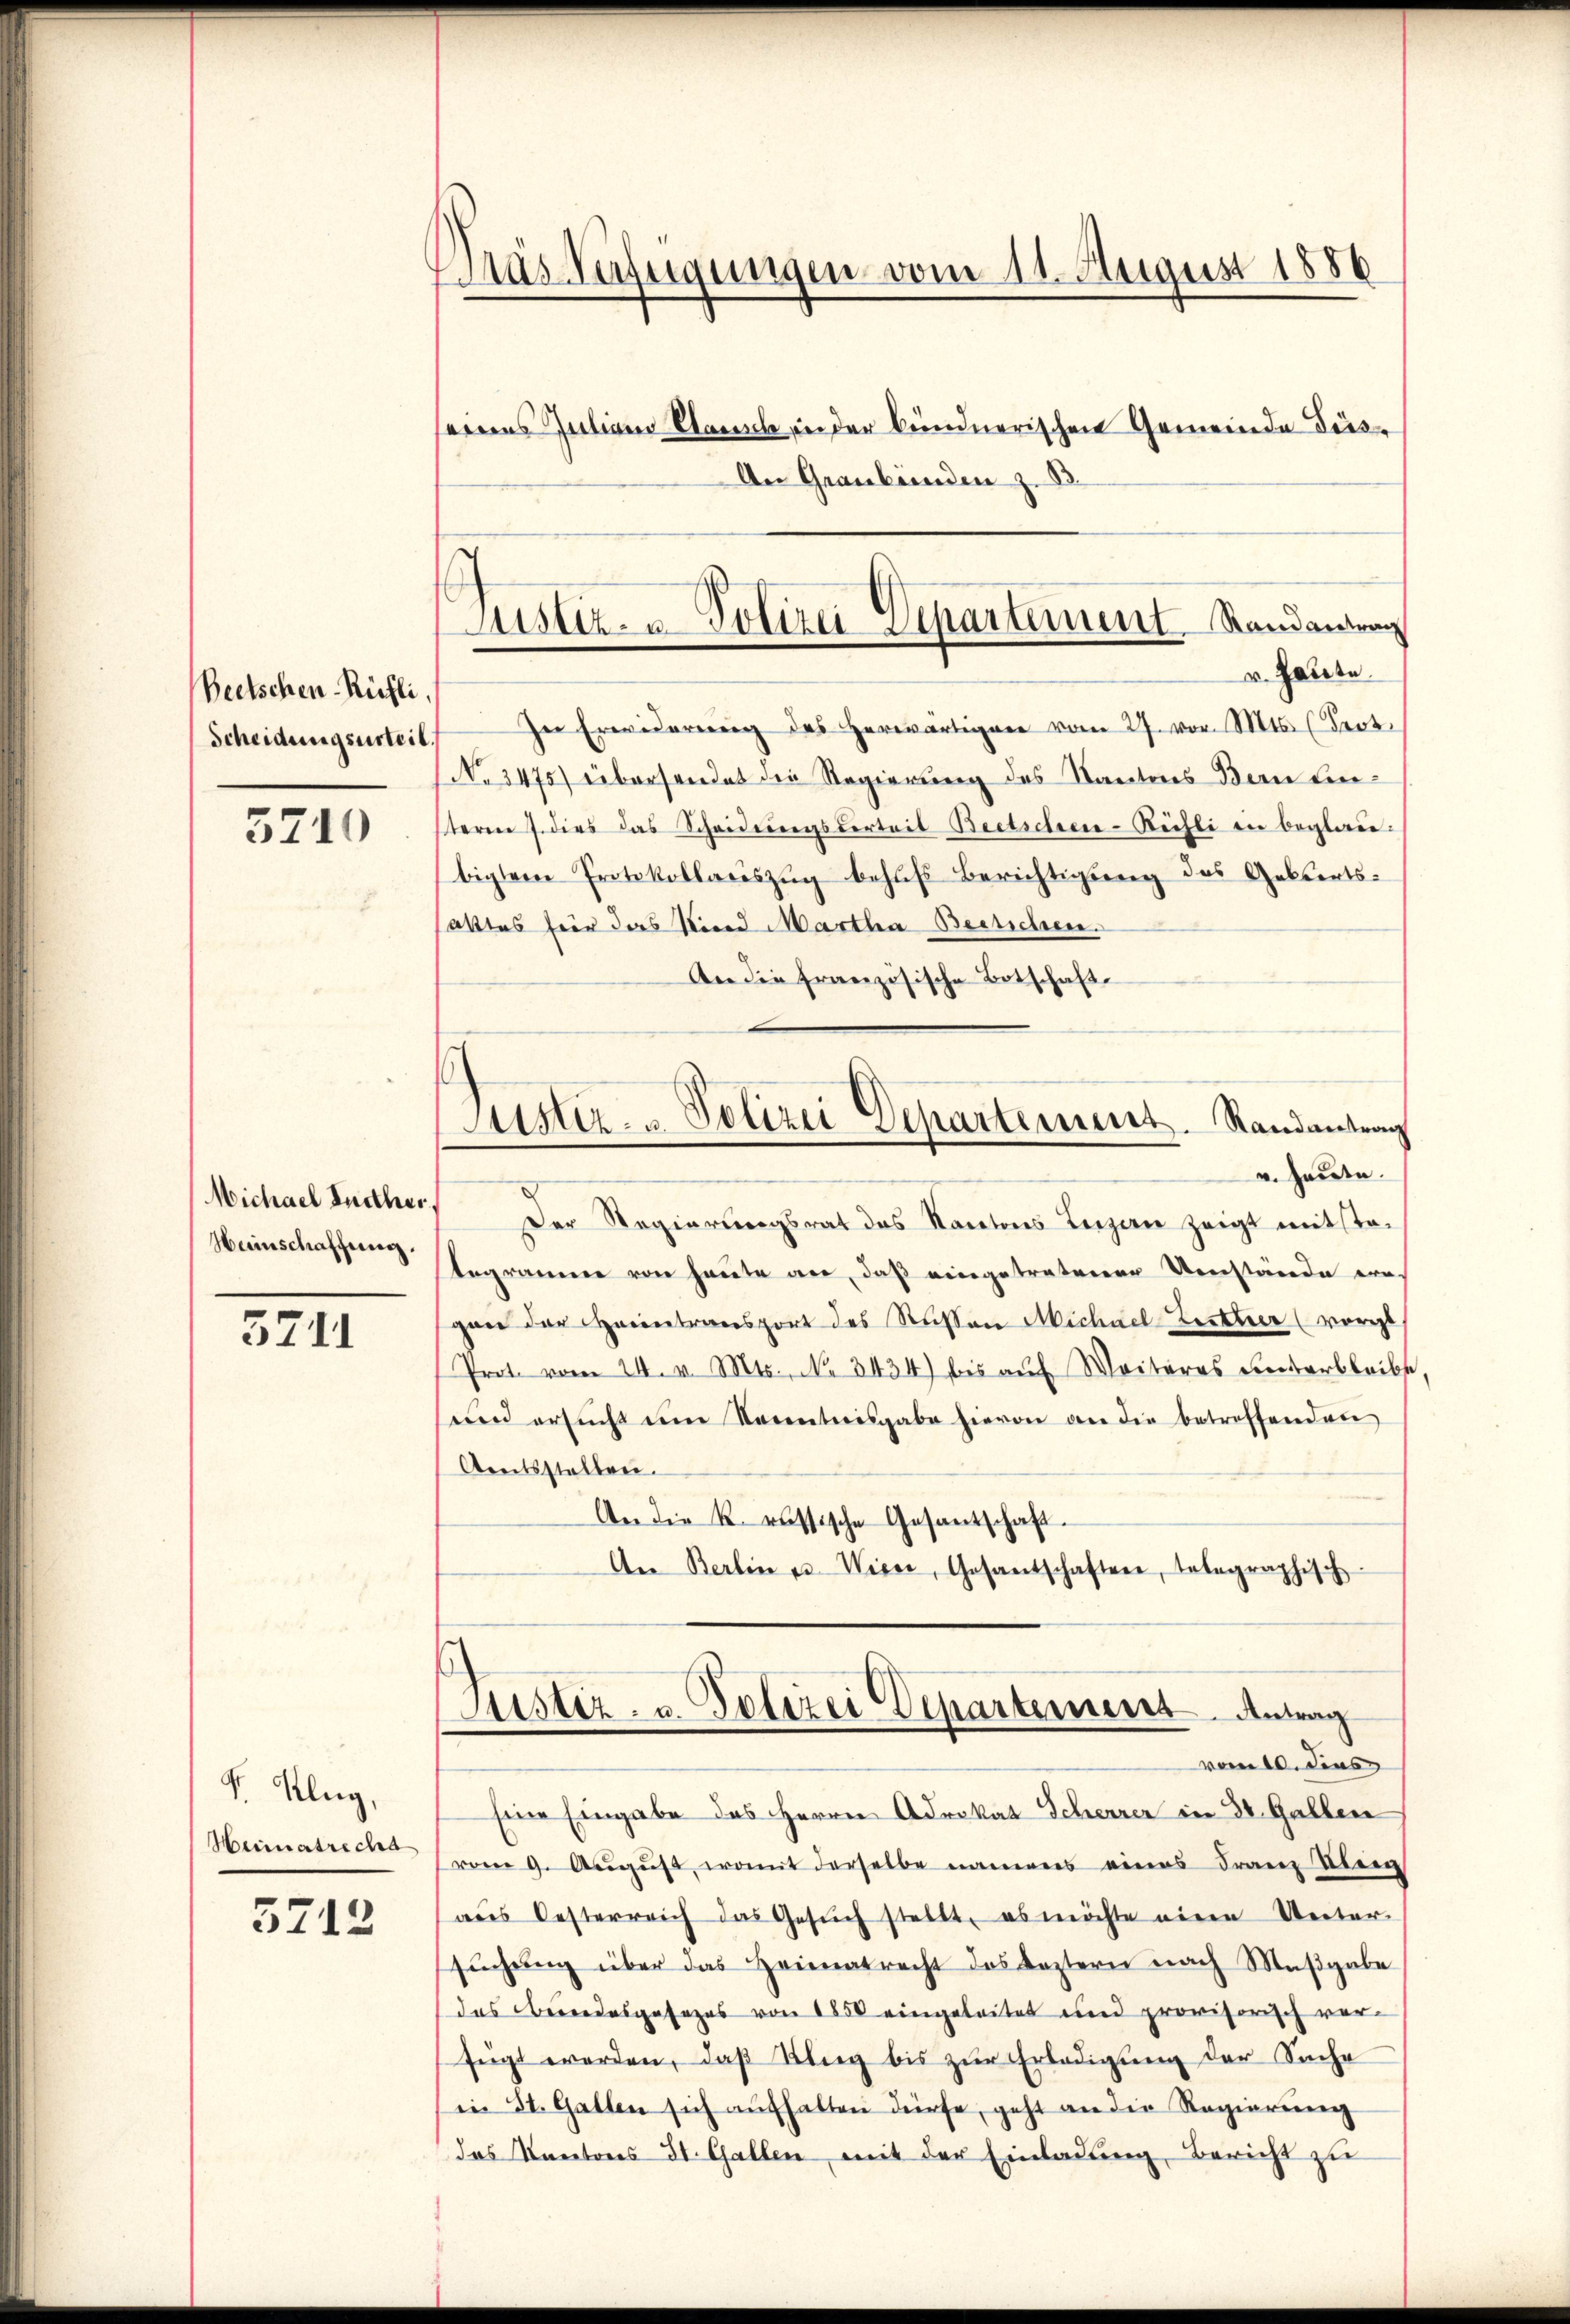
Beetschen-Rüfli.
Scheidungsurteil

5210

Heinschaffung.

5711

F. Klug,
Heimatrecht

5712

Das Verfügungen vom 11. August 1886

seines Julian Stamm in der bündnerischen Gemeinde Diss¬
An Graubünden z. B.
In Erwiderŭng des herwärtigen vom 27. vor. Mts. (Seot.
No 3475) übersendet die Regierung des Kantons Bern Einsteren 7. dies das Scheidungsverteil Beetschen-Rüchli in beglaubigten Protokollauszug behufs Berichtigung des Gebiertsalttes für das Kind Martha Beetschen.
An die Französische Botschaft.
v. Heute.
Michael Ruether, Der Regierungsrat des Kantons Inzaun zeigt mitsta-
tegramer von heute an, daß eingetretener Umstände ern
gen der Heimtransport des Rasen Michael Zetter (vorge
Prot. vom 24. v. Mts., No. 3434) bis aŭf Weiteres unterbleibt
eien ersŭcht eine Kenntnisgabe hievon an die betroffenden
Areitsstalten.
An die k. russische Gesantschaft.
An Berlin es Wisse, Gesantschaften, telegraphisch
Justiz- u. Polizei Departement Antrag
vom 10. dies
Eine Eingabe des Herrn Advokat Scherrer in 30. Gallen
vom 9. Aŭgŭst, womit derselbe namens eines Franz Klein
aus Oesterreich das Gesŭch stellt, es möchte eine Unter-
sŭchŭng über das Heimatrecht des Leztern nach Maβgabe
das Berendesgesezes von 1850 eingeleitet und provisorisch verfügt werden, daß Ring bis zur Erledigung der Sache
in St. Gallen sich aŭfhalten dürfe, geht an die Regierŭng
das Kantons St. Gallen mit der Einladung Bericht zu

Justiz- & Polizei Departement Randantrag
v. Hatte.

Justiz- & Polizei Departement. Randantrag